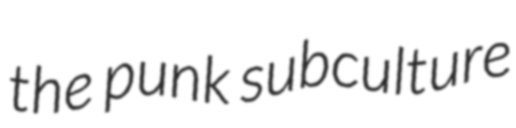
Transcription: the punk subculture